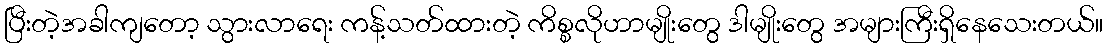
ပြီးတဲ့အခါကျတော့ သွားလာရေး ကန့်သတ်ထားတဲ့ ကိစ္စလိုဟာမျိုးတွေ ဒါမျိုးတွေ အများကြီးရှိနေသေးတယ်။